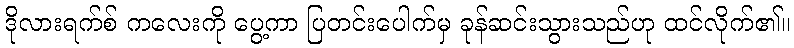
ဒိုလားရက်စ် ကလေးကို ပွေ့ကာ ပြတင်းပေါက်မှ ခုန်ဆင်းသွားသည်ဟု ထင်လိုက်၏။